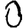
Digit: 0